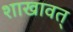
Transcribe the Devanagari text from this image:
शाखावत्